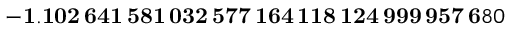
\mathbf { - 1 . 1 0 2 \, 6 4 1 \, 5 8 1 \, 0 3 2 \, 5 7 7 \, 1 6 4 \, 1 1 8 \, 1 2 4 \, 9 9 9 \, 9 5 7 \, 6 } 8 0